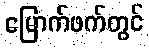
မြောက်ဖက်တွင်